Trukikaitis_Postimees, lk 156
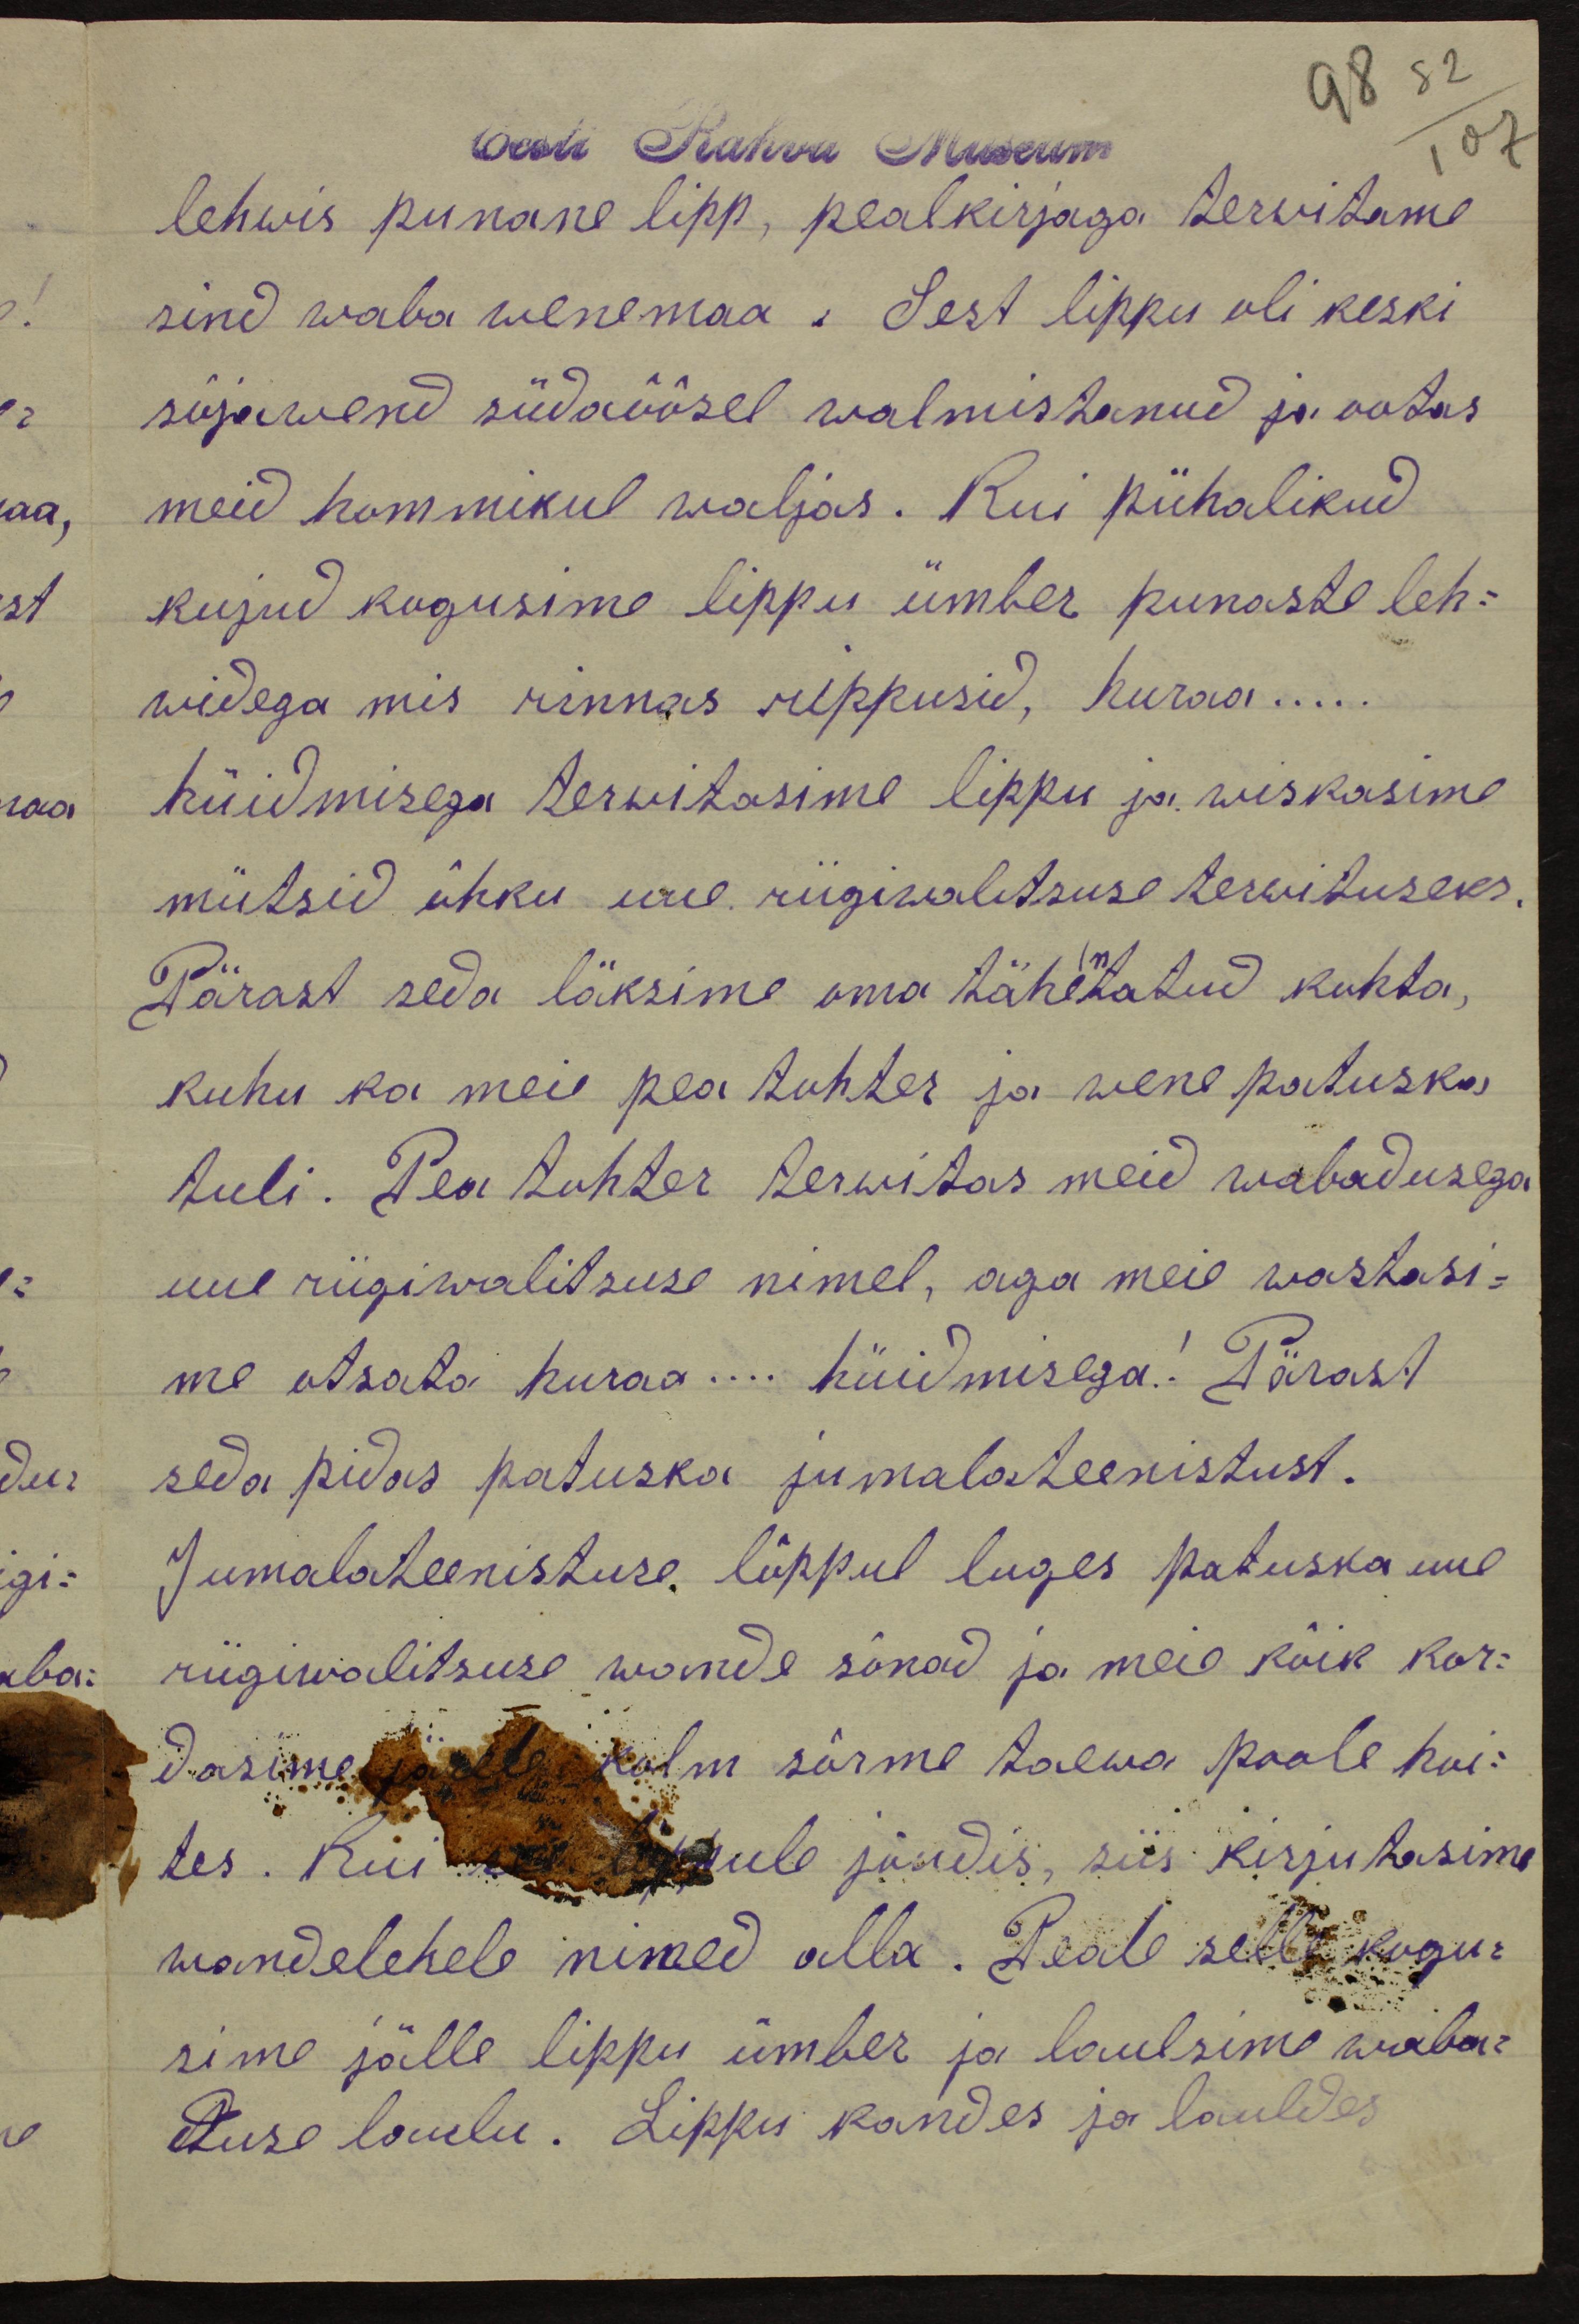
98 82
Eesti Rahva Museum
107
lehwis punane lipp, pealkirjaga tervitame
sind waba wenemaa. Sest lippu oli keski
sõjawend südaöösel walmistanud ja ootas
meid hommikul wäljas. Kui pühalikud
kujud kogusime lippu ümber punaste leh-
widega mis rinnas rippusid, huraa.....
hüüdmisega terwitasime lippu ja wiskasime
mütsid õhku uue riigivalitsuse tervituseks.
Pärast seda läksime oma tähentatud kohta,
kuhu ka meie pea tohter ja wene patuska
tuli. Pea tohter terwitas meid wabadusega
uue riigiwalitsuse nimel, aga meie wastasi-
me otsata huraa... hüüdmisega! Pärast
seda pidas patuska jumalateenistust.
Jumalateenistuse lõppul luges patuska uue
riigiwalitsuse wande sõnad ja meie kõik kor-
dasime järele kolm sõrme taewa poole koi-
tes, Kui see lõppule jõudis, siis kirjutasime
wandelehele nimed olla. Peale selle kogu-
sime jälle lippu ümber ja laulsime waba-
duse laulu. Lippu kandes ja lauldes